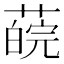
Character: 𦼍